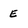
Character: E